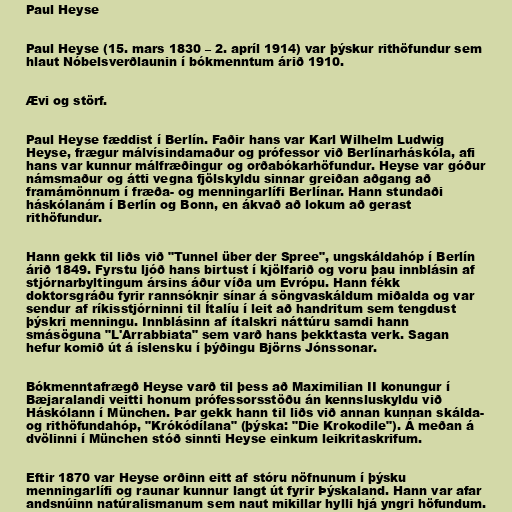
Paul Heyse

Paul Heyse (15. mars 1830 – 2. apríl 1914) var þýskur rithöfundur sem
hlaut Nóbelsverðlaunin í bókmenntum árið 1910.

Ævi og störf.

Paul Heyse fæddist í Berlín. Faðir hans var Karl Wilhelm Ludwig
Heyse, frægur málvísindamaður og prófessor við Berlínarháskóla, afi
hans var kunnur málfræðingur og orðabókarhöfundur. Heyse var góður
námsmaður og átti vegna fjölskyldu sinnar greiðan aðgang að
framámönnum í fræða- og menningarlífi Berlínar. Hann stundaði
háskólanám í Berlín og Bonn, en ákvað að lokum að gerast
rithöfundur.

Hann gekk til liðs við "Tunnel über der Spree", ungskáldahóp í Berlín
árið 1849. Fyrstu ljóð hans birtust í kjölfarið og voru þau innblásin af
stjórnarbyltingum ársins áður víða um Evrópu. Hann fékk
doktorsgráðu fyrir rannsóknir sínar á söngvaskáldum miðalda og var
sendur af ríkisstjórninni til Ítalíu í leit að handritum sem tengdust
þýskri menningu. Innblásinn af ítalskri náttúru samdi hann
smásöguna "L'Arrabbiata" sem varð hans þekktasta verk. Sagan
hefur komið út á íslensku í þýðingu Björns Jónssonar.

Bókmenntafrægð Heyse varð til þess að Maximilian II konungur í
Bæjaralandi veitti honum prófessorsstöðu án kennsluskyldu við
Háskólann í München. Þar gekk hann til liðs við annan kunnan skálda-
og rithöfundahóp, "Krókódílana" (þýska: "Die Krokodile"). Á meðan á
dvölinni í München stóð sinnti Heyse einkum leikritaskrifum.

Eftir 1870 var Heyse orðinn eitt af stóru nöfnunum í þýsku
menningarlífi og raunar kunnur langt út fyrir Þýskaland. Hann var afar
andsnúinn natúralismanum sem naut mikillar hylli hjá yngri höfundum.